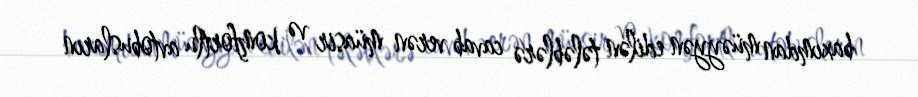
baxımdan müəyyən edilən tələblərə cavab verən müasir və komfortlu avtobusların